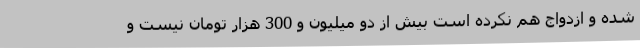
شده و ازدواج هم نکرده است بیش از دو میلیون و 300 هزار تومان نیست و